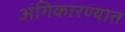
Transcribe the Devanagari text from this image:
अंगिकारण्यात